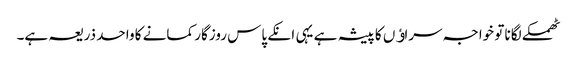
ٹھمکے لگانا تو خواجہ سراﺅں کا پیشہ ہے یہی انکے پاس روزگار کمانے کا واحد ذریعہ ہے۔